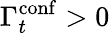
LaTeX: \Gamma_{t}^{\mathrm{conf}}>0